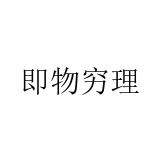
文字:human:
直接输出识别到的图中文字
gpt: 即物穷理